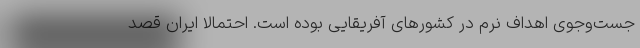
جست‌و‌جوی اهداف نرم در کشورهای آفریقایی بوده است. احتمالا ایران قصد